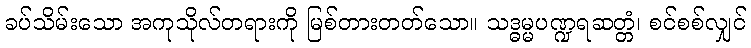
ခပ်သိမ်းသော အကုသိုလ်တရားကို မြစ်တားတတ်သော။ သဒ္ဓမ္မပဏ္ဍရဆတ္တံ၊ စင်စစ်လျှင်